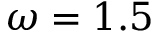
\omega = 1 . 5